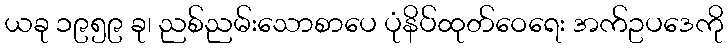
ယခု ၁၉၅၉ ခု၊ ညစ်ညမ်းသောစာပေ ပုံနိပ်ထုတ်ဝေရေး အက်ဥပဒေကို